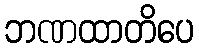
ဘဏထာတိပေ